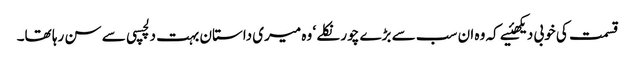
قسمت کی خوبی دیکھئیے کہ وہ ان سب سے بڑے چور نکلے ‘ وہ میری داستان بہت دلچسپی سے سن رہا تھا۔